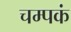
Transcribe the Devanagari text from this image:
चम्पकं